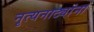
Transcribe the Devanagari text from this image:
नृत्यनाट्यांना